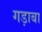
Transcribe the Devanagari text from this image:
गड़ाबा